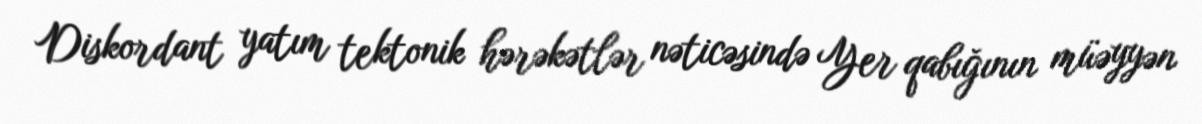
Diskordant yatım tektonik hərəkətlər nəticəsində Yer qabığının müəyyən